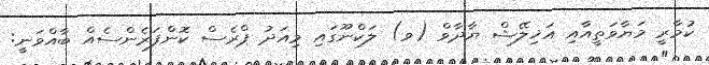
ކުމާރީ މަޔާވަތީއާއި އަޚިލޭޝް ޔާދާވް (ވ) ލަކްނޫގައި މިއަދު ޕްރެސް ކޮންފަރެންސެއް ބާއްވަނީ: